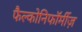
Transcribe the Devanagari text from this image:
फैल्कोनिफॉर्मीज़